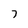
Character: 7